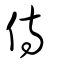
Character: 侍